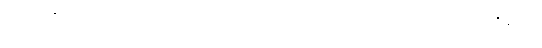
အဖေါ်ရှိက ငြင်းခုံရတတ်ကြောင်း ဆုံးမသော ဂါထာ၊ မဟာဇနက